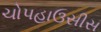
ચોપહાઉસીસ